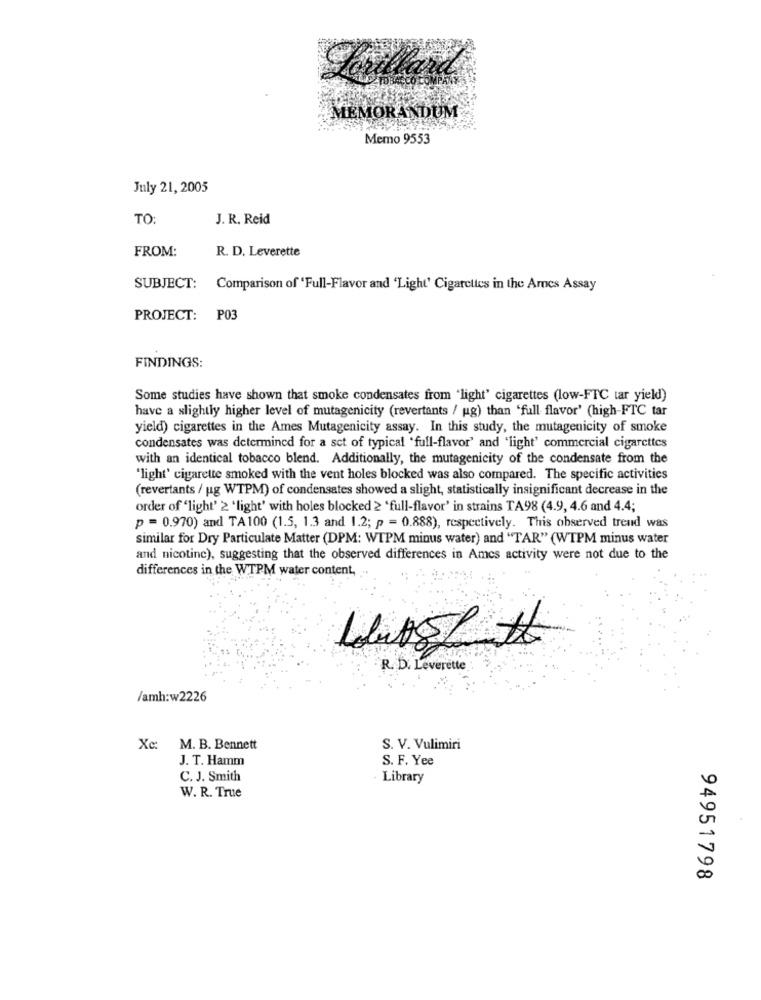
MEMORANDUM
Memo 9553
July 21, 2005
TO:
J. R. Reid
FROM:
R. D. Leverette
SUBJECT:
Comparison of 'Full-Flavor and 'Light' Cigarettes in the Amnes Assay
PROJECT:
PO3
FINDINGS:
Some studies have shown that smoke condensates from "light' cigarettes (low-FTC tar yield)
have a slightly higher level of mutagenicity (revertants / ug) than 'full flavor' (high-FTC tar
yield) cigarettes in the Ames Mutagenicity assay. In this study, the mutagenicity of smoke
condensates was determined for a set of typical "full-flavor' and 'light' commercial cigarettes
with an identical tobacco blend. Additionally, the mutagenicity of the condensate from the
"light' cigarette smoked with the vent holes blocked was also compared. The specific activities
(revertants / ug WTPM) of condensates showed a slight, statistically insignificant decrease in the
order of 'light' 2 'light' with holes blocked 2 'full-flavor' in strains TA98 (4.9, 4.6 and 4.4;
p =0.970) and TA100 (1.5, 1.3 and 1.2; p = 0.888), respectively. This observed trend was
similar for Dry Particulate Matter (DPM: WTPM minus water) and "TAR" (WTPM minus water
and nicotine), suggesting that the observed differences in Amcs activity were not due to the
differences in the WTPM water content,
R. D. Leverette
/amh:w2226
Xc:
M. B. Bennett
S. V. Vulimiri
J. T. Hamm
S. F. Yee
C. J. Smith
· Library
W. R. True
94951798